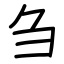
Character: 刍